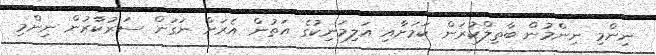
ނިންމި ނިންމުން ބާތިލްކުރަން ކަމަށާއި އަލިމަނިކުގެ އަތުން އެރަށް ނަގަން ސަރުކާރުން ނިންމި